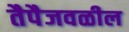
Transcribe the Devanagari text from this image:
तैपैजवळील